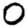
Digit: 0